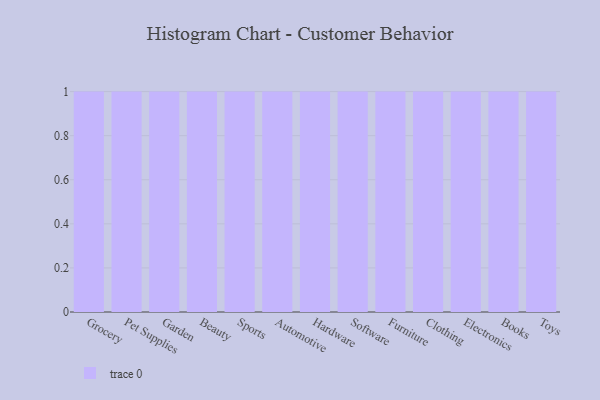
{"axis": {"x": "Category", "y": "Temperature (°C)"}, "legend": [""], "data": [{"x": "Grocery", "y": 18, "type": ""}, {"x": "Pet Supplies", "y": 95, "type": ""}, {"x": "Garden", "y": 58, "type": ""}, {"x": "Beauty", "y": 6, "type": ""}, {"x": "Sports", "y": 5, "type": ""}, {"x": "Automotive", "y": 35, "type": ""}, {"x": "Hardware", "y": 10, "type": ""}, {"x": "Software", "y": 78, "type": ""}, {"x": "Furniture", "y": 55, "type": ""}, {"x": "Clothing", "y": 77, "type": ""}, {"x": "Electronics", "y": 79, "type": ""}, {"x": "Books", "y": 36, "type": ""}, {"x": "Toys", "y": 48, "type": ""}]}